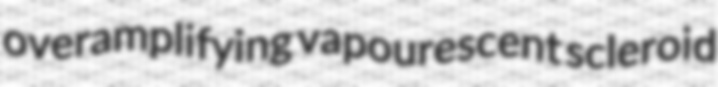
overamplifying vapourescent scleroid